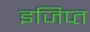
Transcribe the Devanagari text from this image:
इजिप्‍त